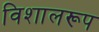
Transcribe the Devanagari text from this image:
विशालरूप